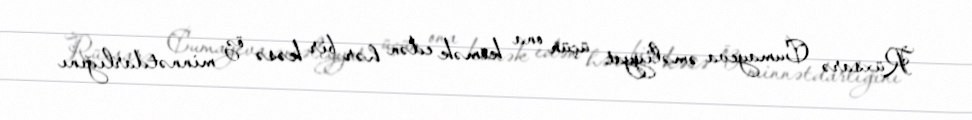
Rüxsarə Cumayeva əməliyyat üçün ona kömək edən hər bir kəsə öz minnətdarlığını